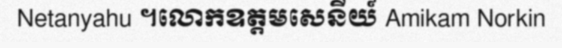
Netanyahu ។លោកឧត្តមសេនីយ៍ Amikam Norkin